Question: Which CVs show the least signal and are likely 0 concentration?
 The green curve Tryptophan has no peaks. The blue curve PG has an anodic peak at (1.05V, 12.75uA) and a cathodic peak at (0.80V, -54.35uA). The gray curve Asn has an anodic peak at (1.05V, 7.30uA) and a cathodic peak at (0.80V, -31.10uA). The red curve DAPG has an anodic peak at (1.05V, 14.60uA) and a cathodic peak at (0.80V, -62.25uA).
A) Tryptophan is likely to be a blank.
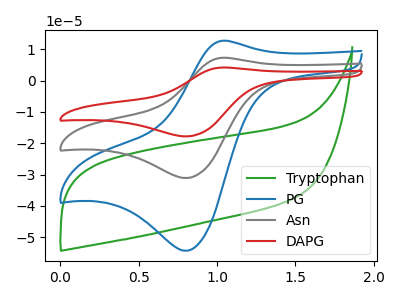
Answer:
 <answer>A) "Tryptophan" is likely to be a blank.</answer>
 <eval>A</eval>